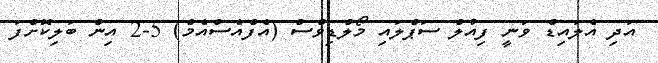
އަދި އެލައިޑް ވަނީ ފިއުލް ސަޕްލައި މޯލްޑިވްސް (އެފްއެސްއެމް) 5-2 އިން ބަލިކޮށްފަ